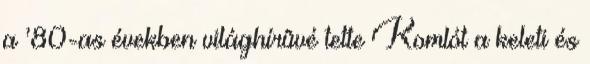
a ’80-as években világhírûvé tette Komlót a keleti és